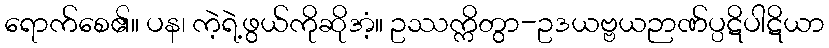
ရောက်စေ၏။ ပန၊ ကဲ့ရဲ့ဖွယ်ကိုဆိုအံ့။ ဥဿက္ကိတွာ-ဥဒယဗ္ဗယဉာဏ်ပ္ပဋိပါဋိယာ